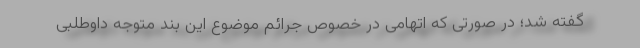
گفته شد؛ در صورتی که اتهامی در خصوص جرائم موضوع این بند متوجه داوطلبی